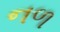
નળ